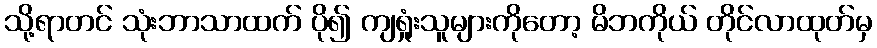
သို့ရာတင် သုံးဘာသာထက် ပို၍ ကျရှုံးသူများကိုတော့ မိဘကိုယ် တိုင်လာထုတ်မှ